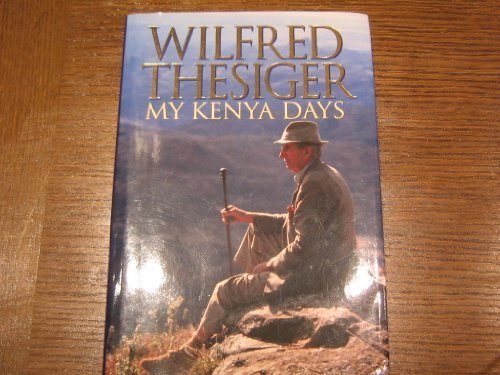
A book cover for My Kenya Days; Wilfred Thesiger; Travel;